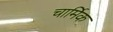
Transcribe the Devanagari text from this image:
चार्मिक